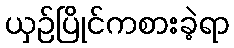
ယှဉ်ပြိုင်ကစားခဲ့ရာ